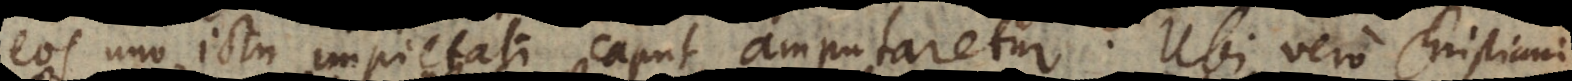
s uno ictu impietati caput amputaretur. Ubi vero Christiani